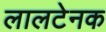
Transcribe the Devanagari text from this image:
लालटेनक